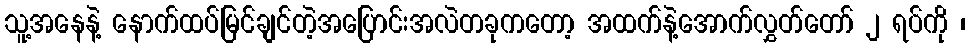
သူ့အနေနဲ့ နောက်ထပ်မြင်ချင်တဲ့အပြောင်းအလဲတခုကတော့ အထက်နဲ့အောက်လွှတ်တော် ၂ ရပ်ကို ၊